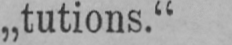
„tutions.“